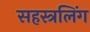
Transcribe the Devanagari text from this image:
सहस्त्रलिंग